Annual report of the Punjab Veterinary College and of the Civil Veterinary Department, Punjab - 1926-1932
Year: 1926
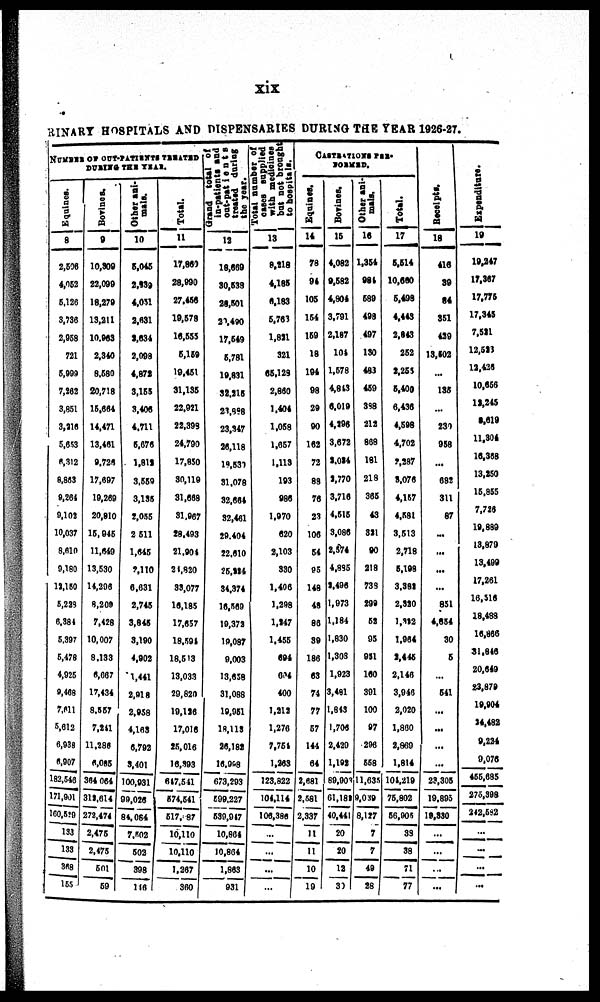
xix
RINARY HOSPITALS AND DISPENSARIES DURING THE YEAR 1926-27.
NUMBER OF OUT-PATIENTS TREATED
DURING
THE
YEAR.
Equines.
8
2,606
4,052
5,120
3,736
2,058
721
5,903
7,262
3,851
3,216
5,653
6,312
8,863
9,261
9,109
10,037
8,610
0,180
11,150
5,233
6,384
5,397
5,478
4,925
9,468
7,611
5,612
6,938
6,907
182,546
171,901
160,549
133
133
368
155
Bovines.
9
10,309
22,099
18,279
13,211
10,963
2,340
8,580
20,718
16,664
14,471
13,461
9,726
17,697
19,269
20,810
15,946
11,649
13,530
14,206
8,209
7,458
10,007
8,133
6,667
17,434
8,567
7,ttl
11,286
6,095
364 064
319,614
272,474
2,475
2,475
501
69
Other ani-
mals.
10
6,045
2,939
4,051
2,631
3,634
2,098
4,872
3,155
3,406
4,711
5,676
1,811
3,559
3,135
2,055
2 511
1,645
7,110
6,631
2,745
3,845
3,190
4,902
1,441
2,918
2,958
4,163
6,792
3,401
100,931
99,026
84,084
7,502
503
398
116
Total.
11
17,860
28,990
27,466
19,578
16,555
6,169
19,451
31,135
22,921
22,399
24,790
17,850
30,119
31,669
31,967
28,493
21,904
21,820
33,077
16,185
17,657
18,594
18,513
13,033
29,820
19,126
17,016
25,016
16,393
647,541
574,541
617, 87
10,110
10,110
1,267
360
Grand toal of
in-patients and
out-patients
treated during
the year.
12
18,669
30,639
29,501
2 ,490
17,649
5,781
19,831
32,215
23,898
23,347
26,118
18,530
31,078
32,664
32,461
29,404
22,610
25,884
34,374
16,569
10,372
19,087
9,003
13,658
31,088
19,951
18,113
26,182
16,998
673,293
599,227
630,017
10,864
10,864
1,863
931
Total number of
caeca supplied
with medicines
but
not brought
to hospitals.
13
8,218
4,185
6,183
5,763
1,831
321
65,129
2,860
1,404
1,058
1,057
1,113
193
986
1,970
620
2,103
330
1,406
1,298
1,147
1,455
694
694
400
1,313
1,276
7,761
1,363
123,822
104,114
106,386
...
...
...
...
CASTRATIONS PER-
FORMED.
Equines.
14
78
94
105
154
169
18
194
98
29
90
162
72
88
76
23
106
54
P5
148
46
86
39
186
63
74
77
67
144
64
2,681
2,581
2,337
11
11
10
10
Bovines.
15
4,082
9,582
4,804
3,791
2,187
101
1,678
4,843
6,019
4,196
3,672
3,034
3,770
3.716
4,515
3,086
2,574
4,885
2,496
1,073
1,184
1,830
1,303
1,923
3,491
1,843
1,706
2,420
1,192
69,901
61,182
40,441
20
20
12
30
Other ani-
mals.
16
1,354
981
689
498
497
130
483
459
388
212
868
181
218
365
43
331
90
218
739
299
52
05
951
160
301
100
97
296
558
11,635
9,039
8,127
7
7
49
28
Total.
17
6,614
10,660
6,499
4,443
2,643
252
3,255
6,409
6,436
4,598
4,702
2,287
8,076
4,157
4,581
3,513
2,718
5,198
3,382
2,320
1,332
1,964
3,445
2,146
3,946
2,020
1,800
2,860
1,814
101,219
75,802
56,905
39
38
71
77
Receipts.
18
416
39
84
351
439
13,502
...
135
231
958
...
682
311
87
...
...
...
...
851
4,654
30
6
...
641
...
...
...
...
23,305
19,895
19,330
...
...
...
...
Expenditure.
19
19,247
17,367
17,775
17,345
7,581
12,523
12,426
10,666
13,245
8,619
11,304
16,368
13,350
15,855
7,726
19,899
13,879
13,499
17,261
10,516
18,488
16,866
31,846
20,649
23,870
19,904
14,482
9,234
0,076
466,685
275,398
242,592
...
...
...
...